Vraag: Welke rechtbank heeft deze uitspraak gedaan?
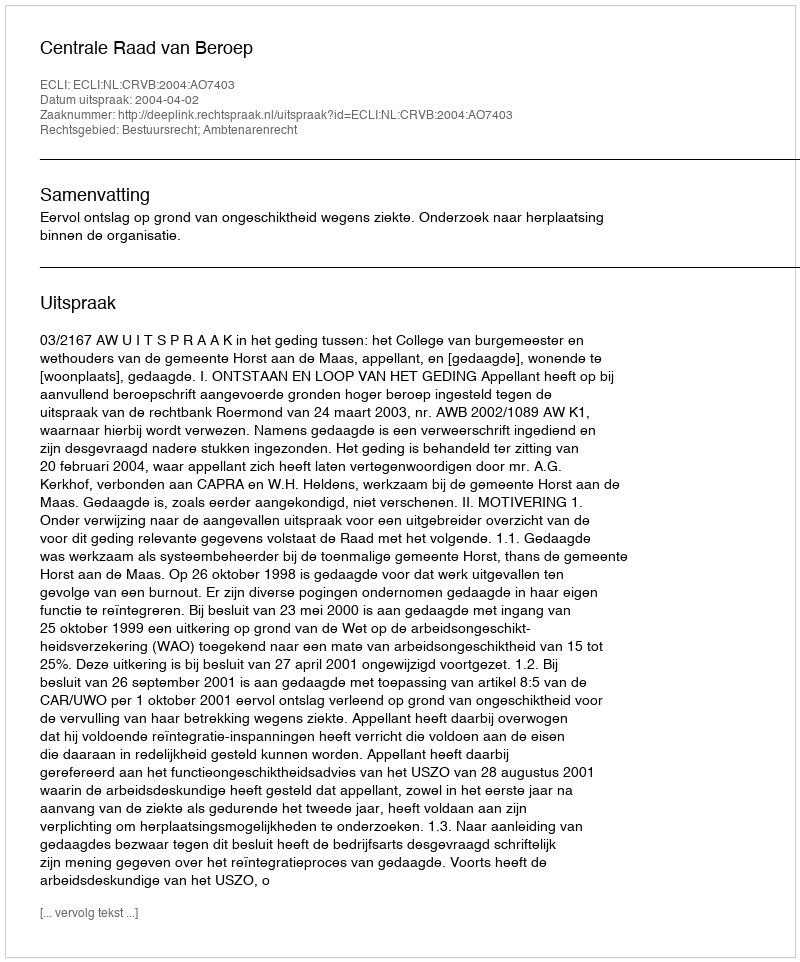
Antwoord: Centrale Raad van Beroep